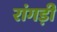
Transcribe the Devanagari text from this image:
रांगड़ी